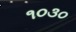
૧૦૩૦